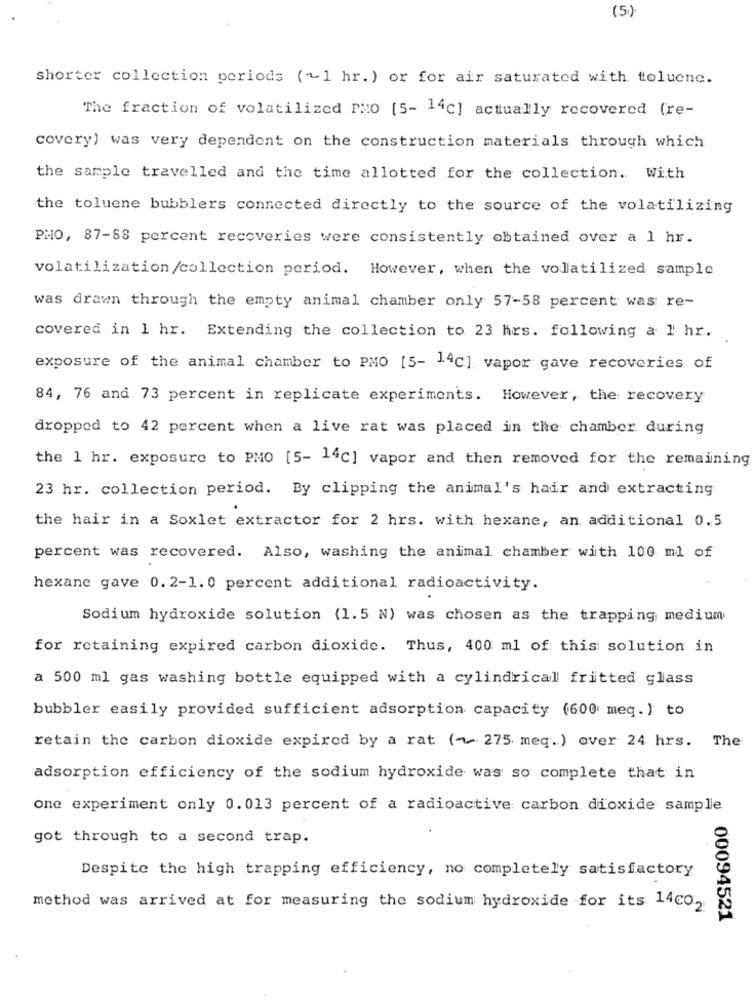
(5)
shorter collection periods (~1 hr. ) or for air saturated with toluene.
The fraction of volatilized PMo [5- 14c] actually recovered (re-
covery) was very dependent on the construction materials through which
the sample travelled and the time allotted for the collection. With
the toluene bubblers connected directly to the source of the volatilizing
PHO, 87-88 percent recoveries were consistently obtained over a 1 hr.
volatilization/collection period. However, when the volatilized sample
was drawn through the empty animal chamber only 57-58 percent was re-
covered in 1 hr. Extending the collection to 23 hrs. following a 1 hr.
exposure of the animal chamber to PMO [5- 14c] vapor gave recoveries of
84, 76 and 73 percent in replicate experiments. However, the recovery
dropped to 42 percent when a live rat was placed in the chamber during
the 1 hr. exposure to PMO [5- 14c] vapor and then removed for the remaining
23 hr. collection period. By clipping the animal's hair and extracting
the hair in a Soxlet extractor for 2 hrs. with hexane, an additional 0.5
percent was recovered. Also, washing the animal chamber with 100 ml of
hexane gave 0.2-1. 0 percent additional radioactivity.
Sodium hydroxide solution (1.5 N) was chosen as the trapping medium
for retaining expired carbon dioxide. Thus, 400 ml of this solution in
a 500 ml gas washing bottle equipped with a cylindrical fritted glass
bubbler easily provided sufficient adsorption capacity (600 meq. ) to
retain the carbon dioxide expired by a rat (~ 275 meq.) over 24 hrs. The
adsorption efficiency of the sodium hydroxide was so complete that in
one experiment only 0.013 percent of a radioactive carbon dioxide sample
got through to a second trap.
Despite the high trapping efficiency, no completely satisfactory
method was arrived at for measuring the sodium hydroxide for its: 14co2
00094521